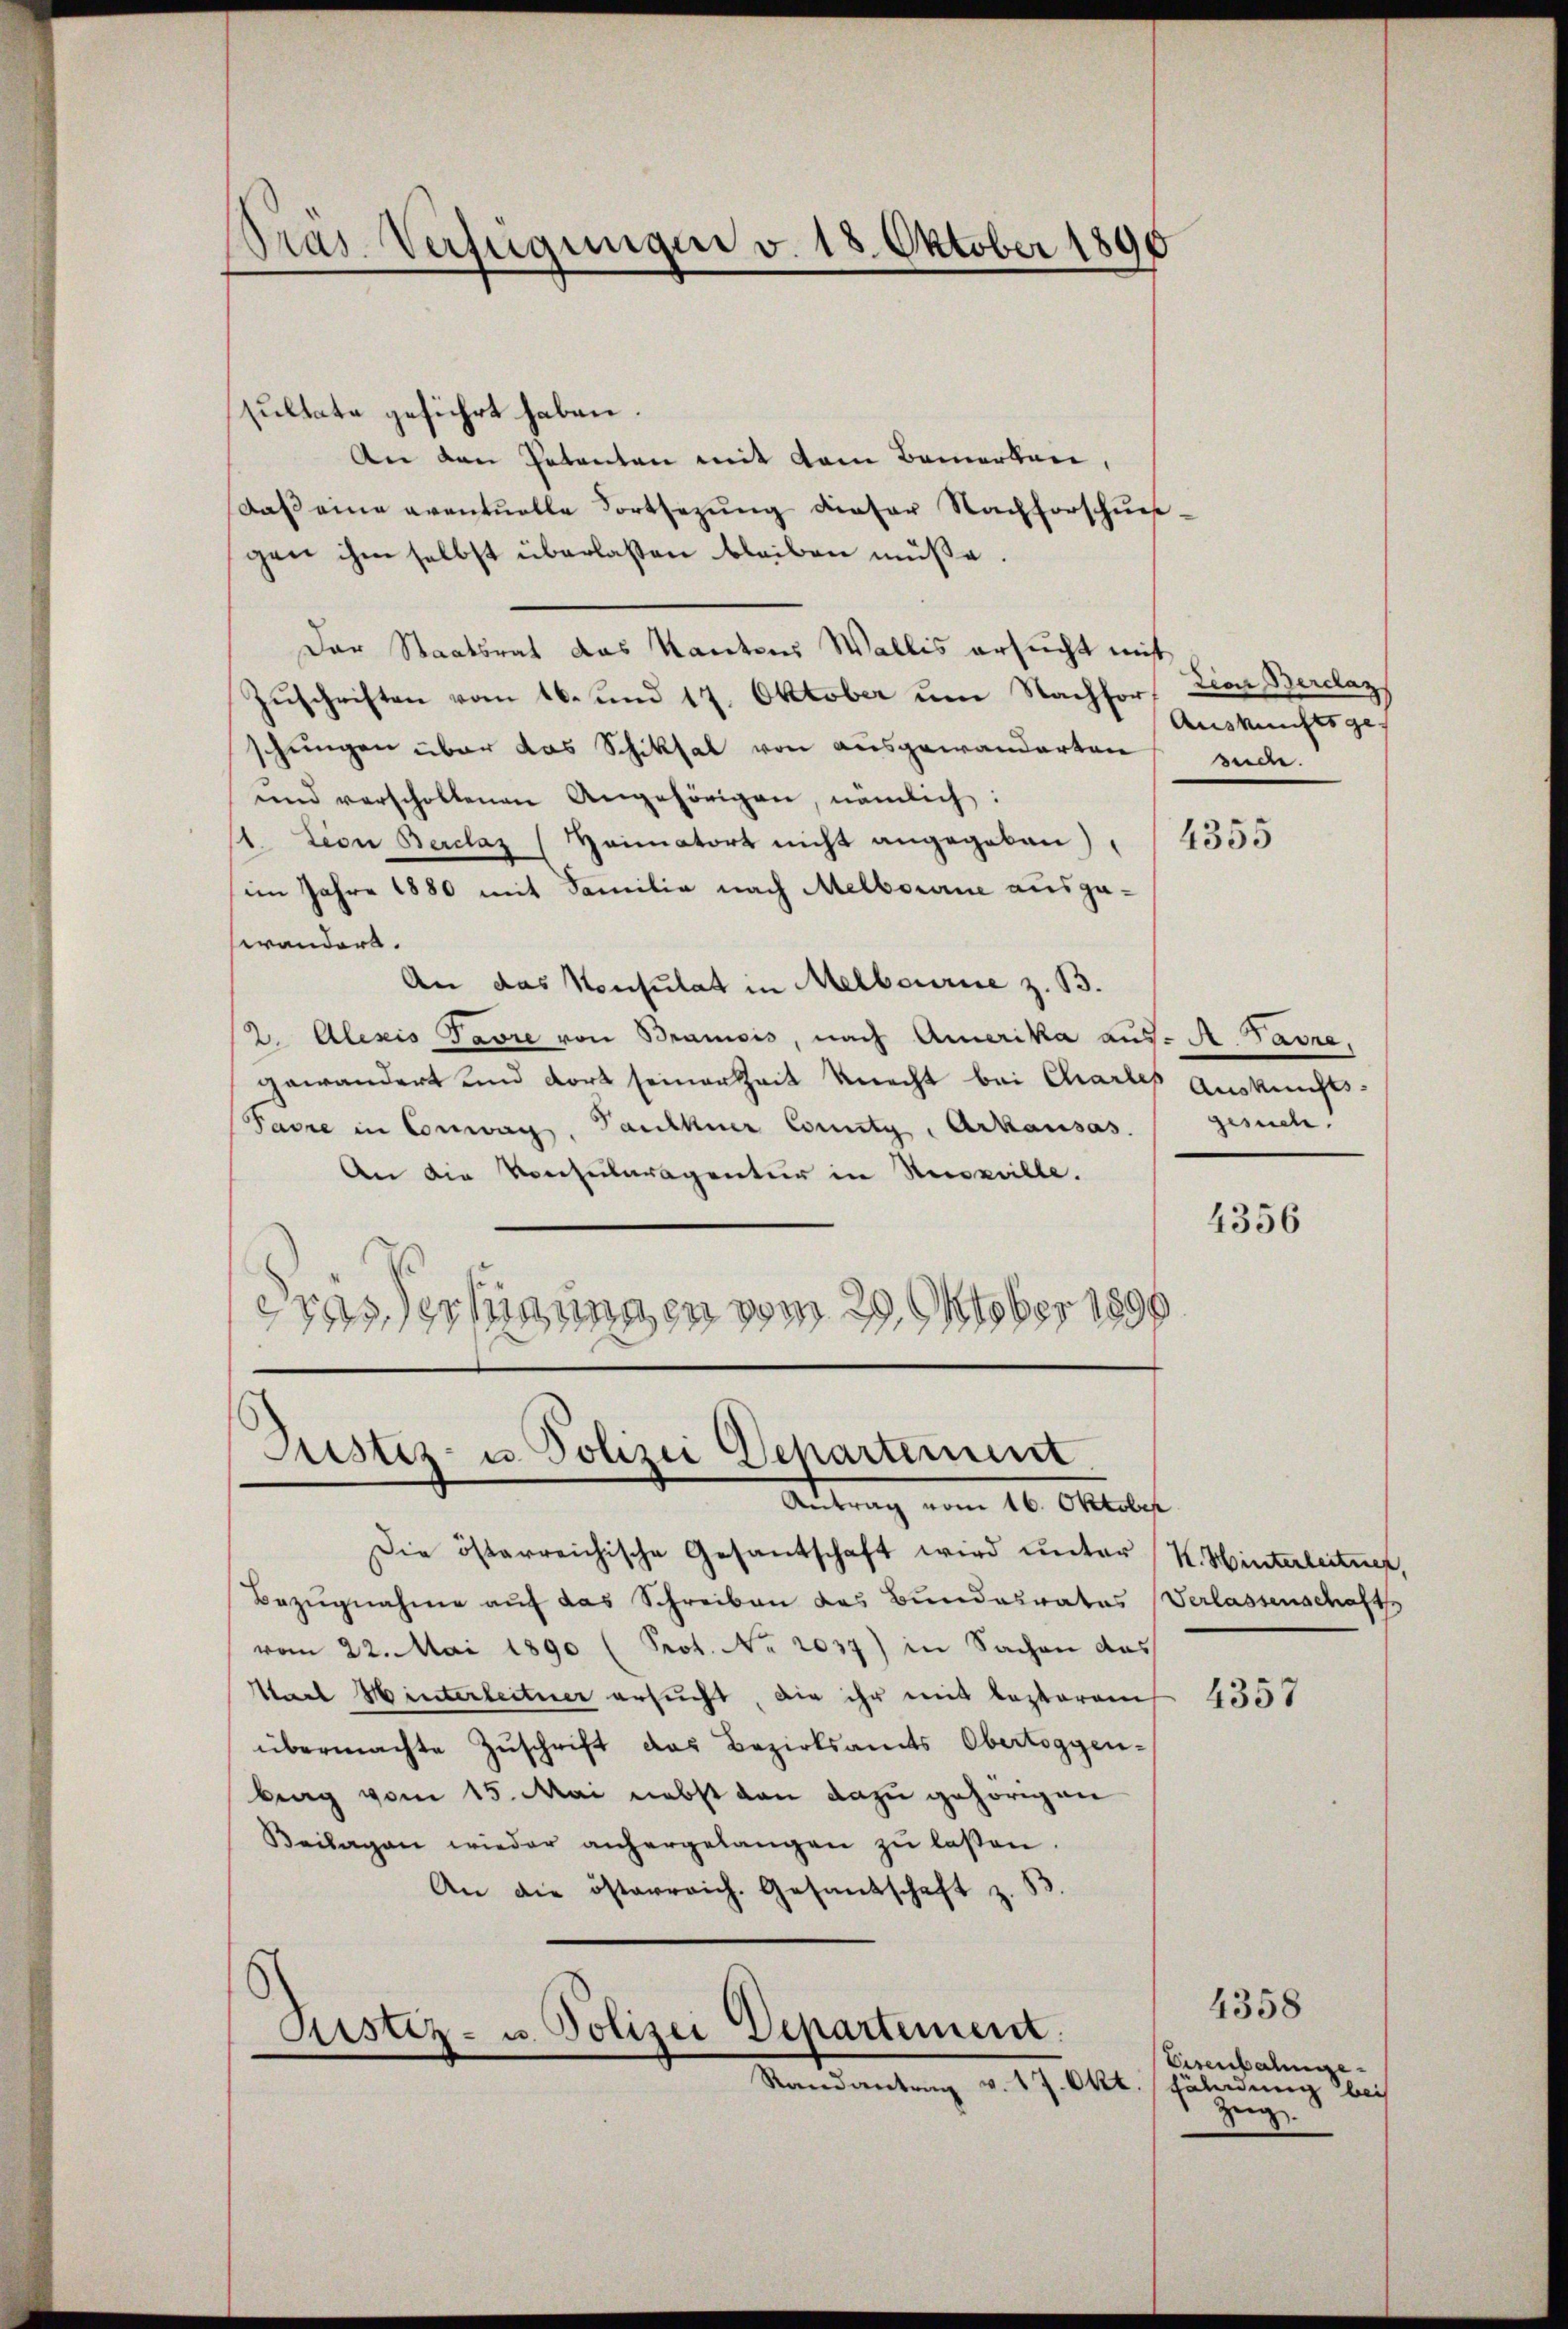
Pras-Verfügungen v. 18. Oktober 1890

sultate geführt haben.
An den Patenten mit dem Bemerken,
daß eine eventuelle Fortsezung dieser Nachforschues-
gen ihm selbst überlassen bleiben müße.
Der Staatsrat das Kantons Wallis ersucht mit
Zuschriften vom 16. und 17. Oktober um Nachforschungen über das Schiksal von ausgewanderten
und verschollenen Angehörigen, nämlich:
1. tion Berclaz (Heimatort nicht angegeben),
(im Jahre 1880 mit Familie nach Melbourne ausgawändere.
An das Konsulat in Melbourie z. B.
2. Alexis Favre von Bramois, nach Amerika aus- A. Favre,
gewandert und dort seiner Zeit knecht bei Charles
Favre in Conwags, Panthner County, Arkausas. gesuch.
An die Konsularagentur in Respeille.
s
etes der hinungen vom 29. Oktober 1891

Justiz- u. Polizei Departement
Antrag vom 16. Oktober

Die österreichische Gesantschaft wird unter K. Hinterleitner,
Bezŭgnahme auf das Schreiben das Bundesrates Verlassenschafts
vom 22. Mai 1890 (Prot. No. 2037) in Sachen das
Stadt Hinterleitner ersucht, die ihr mit lezterei
übermachte Zuschrift das Bezirksamts Obertoggenbrag vom 15. Mai nebst von dazu gehörigen
Beilagen wieder anhergelangen zŭ lassen.
An die österreich. Gesandschaft z. B.

Rustiz- u. Polizei Departement.
Randantrag v. 17. Okt

dian Berclaz
Auskunftsges
suche.

4355

Auskunfts-

4356

4357

4358
Eisenbahnge¬
 Hähndung bei
Zeig